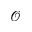
\mathcal { O }